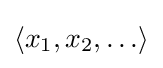
\langle x_{1},x_{2},\ldots \rangle